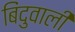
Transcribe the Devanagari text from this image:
बिंदुवाली